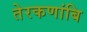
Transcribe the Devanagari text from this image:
तेरकणांबि